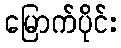
မြောက်ပိုင်း